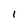
Character: I